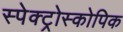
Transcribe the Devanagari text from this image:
स्पेक्ट्रोस्कोपिक